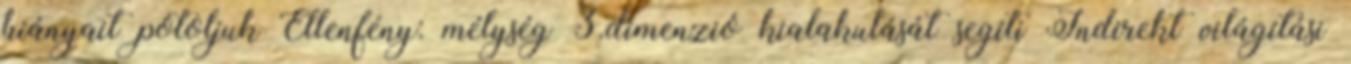
hiányait pótoljuk Ellenfény: mélység 3.dimenzió kialakulását segíti Indirekt világítási